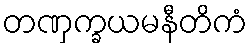
တဏှက္ခယမနီတိကံ